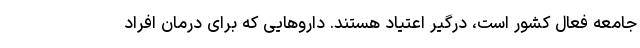
جامعه فعال کشور است، درگیر اعتیاد هستند. داروهایی که برای درمان افراد